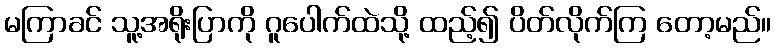
မကြာခင် သူ့အရိုးပြာကို ဂူပေါက်ထဲသို့ ထည့်၍ ပိတ်လိုက်ကြ တော့မည်။